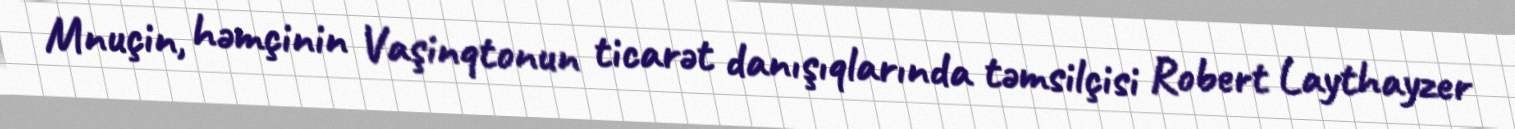
Mnuçin, həmçinin Vaşinqtonun ticarət danışıqlarında təmsilçisi Robert Laythayzer